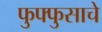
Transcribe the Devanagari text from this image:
फुफ्फुसाचे